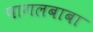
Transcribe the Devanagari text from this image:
पागलबाबा